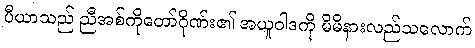
ပီယာသည် ညီအစ်ကိုတော်ဂိုဏ်း၏ အယူဝါဒကို မိမိနားလည်သလောက်